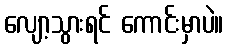
လျော့သွားရင် ကောင်းမှာပဲ။